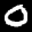
Label: 0